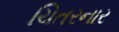
ચિતરનાર